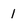
Character: 1